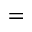
=